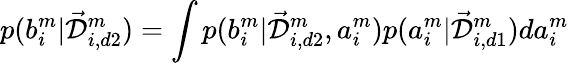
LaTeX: p(b_{i}^{m}|\mathcal{\vec{D}}_{i,d2}^{m})=\int p(b_{i}^{m}|\mathcal{\vec{D}}_{i,d2}^{m},a_{i}^{m})p(a_{i}^{m}|\mathcal{\vec{D}}_{i,d1}^{m})da_{i}^{m}